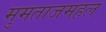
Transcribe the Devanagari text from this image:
मुमताजमहल